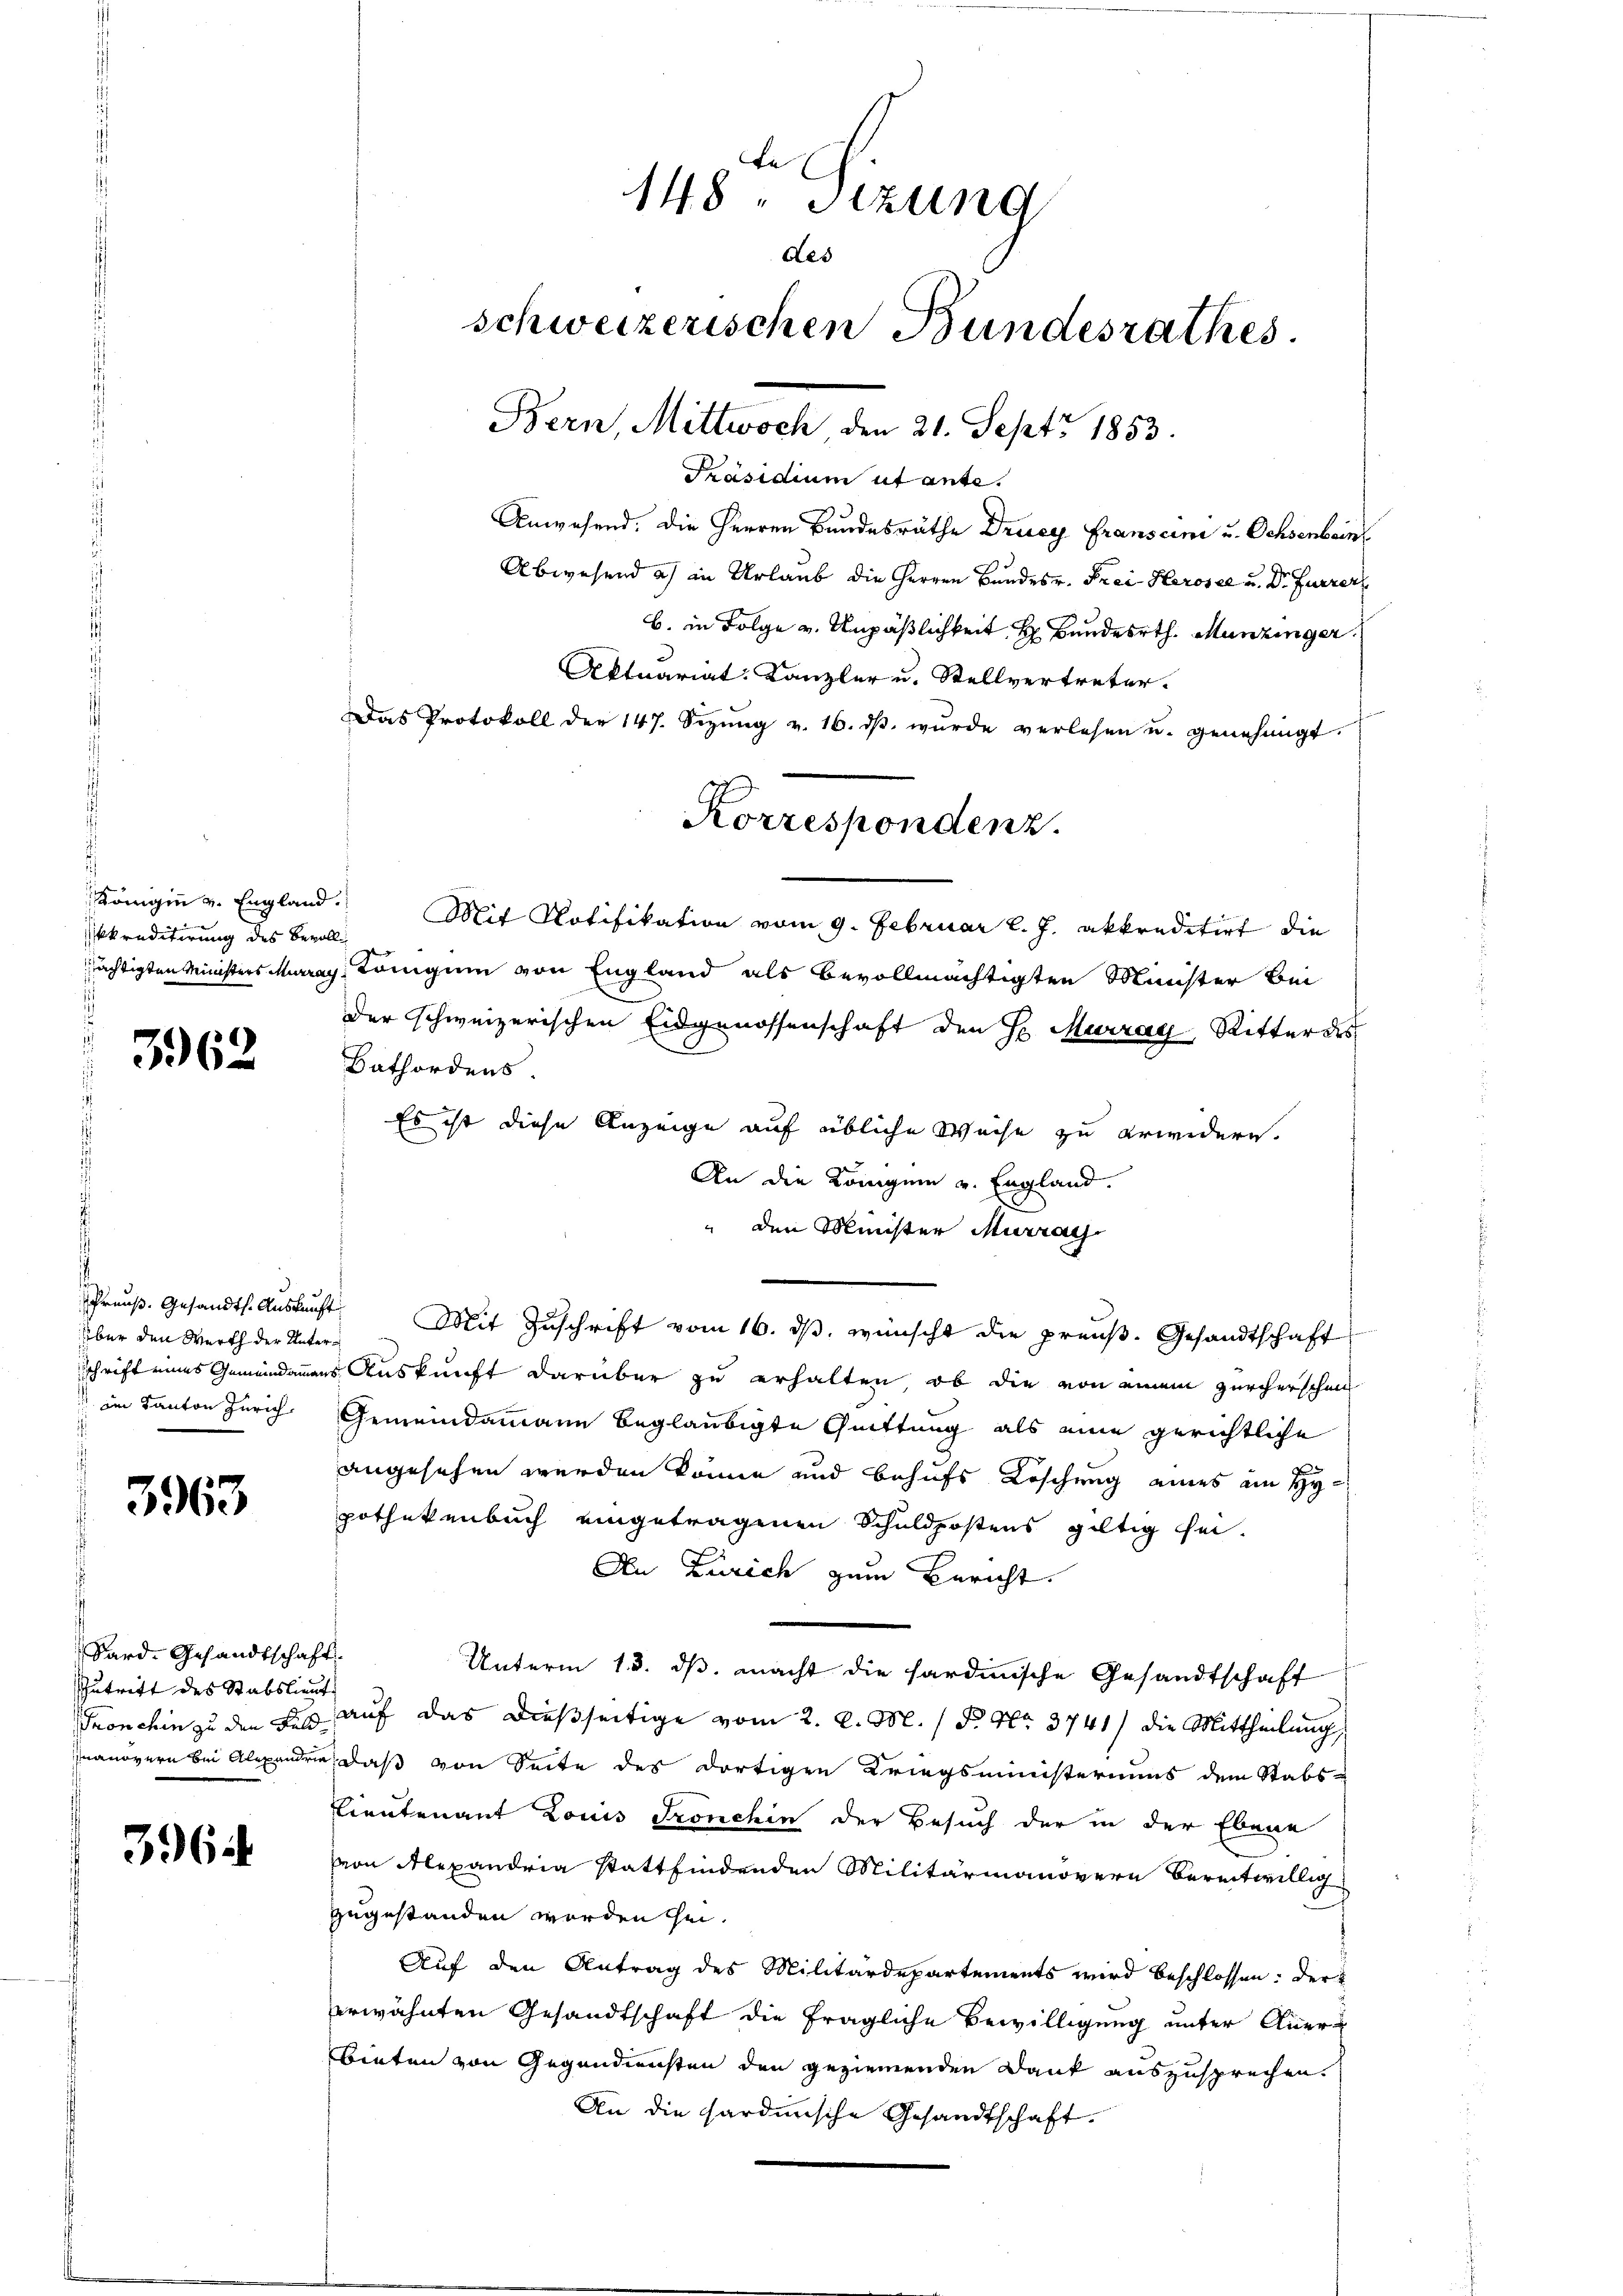
kkreditirung des Bevoll

3962

.
über den Werth der Unter¬
 im Kanton Zürich
d

3963

Sard-Gesandtschaft.
Zutritt des Stabslieut.

396

Präsidium ut ante.
Anwesend. Die Herren Bundesräthe Drucy Franscini u. Ochsenbeins
Abwesend a) in Urlaub die Herren Bundesr. Frei Herosee u. Dr Furrer
b. in Folge v. Unpäßlichkeit H. Bunderth. Munzinger
Aktuariat. Kanzler u. Stellvertreter.
Das Protokoll der 147. Sitzŭng v. 16. dβ wŭrde verlesen u. genehmigt.
Königin v. England. Mit Notifikation vom 9. Februar l. J. akkreditirt die
ächtigten Ministers Muray tringum von England als bevollmächtigten Minister bei
Der schweizerischen Eidgenossenschaft den Hr. Murrag, Ritter des
Bathordens.
Es ist diese Anzeige auf übliche Weise zu erwidern.
An die Königen v. England.
" den Minister Murrai
Preuß. Gesandts. Aŭskŭnft. Mit Zŭschrift vom 16. dβ. wünscht die preuß. Gesandtschaft
Schrift eines Gemeindamens Auskunft darüber zu erhalten, ob die von einem zürcherschen
Gemeindammann beglaubigte Quittung als eine gerichtliche
angesehen werden könne und behufs Löschung eines ein Hypothekenbuch eingetragenen Schuldpostens gültig sei.
An Zürich zum Bericht
Unterm 13. dβ. macht die sardinische Gesandtschaft
Tronchin zu den des auf das dießseitige vom 2. d. M. / P. Nr. 3741) die Mittheilung
nanövern bei Alexanden, daß von Seite des dortigen Kriegsministeriums dem Stabs-
Lieutenant Louis Fronchin der Besuch der in der Ebene
von Alexandria Stattfindenden Militärmanövern bereitwillig
zugestanden worden sei.
Auf den Antrag des Militärdepartements wird beschlossen: der
erwähnten Gesandtschaft die fragliche Bewilligung unter Anerbieten von Gegendiensten den geziemenden Dank auszusprechen.
An die Sardinische Gesandtschaft.

148. Sitzung
des
schweizerischen Bundesrathes.
Bern, Mittwoch den 21. Sept. 1853.

Korrespondenz.